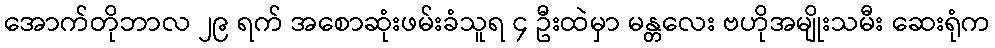
အောက်တိုဘာလ ၂၉ ရက် အစောဆုံးဖမ်းခံသူရ ၄ ဦးထဲမှာ မန္တလေး ဗဟိုအမျိုးသမီး ဆေးရုံက